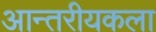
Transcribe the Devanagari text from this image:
आन्तरीयकला